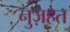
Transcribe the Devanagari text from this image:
नुज़हत